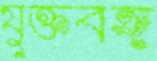
যুক্তবঙ্গ